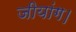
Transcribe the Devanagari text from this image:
जीयांग।